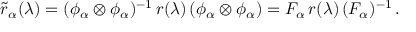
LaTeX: \tilde { r } _ { \alpha } ( \lambda ) = ( \phi _ { \alpha } \otimes \phi _ { \alpha } ) ^ { - 1 } \, r ( \lambda ) \, ( \phi _ { \alpha } \otimes \phi _ { \alpha } ) = F _ { \alpha } \, r ( \lambda ) \, ( F _ { \alpha } ) ^ { - 1 } \, .